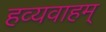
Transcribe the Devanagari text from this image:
हव्यवाहम्